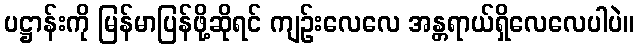
ပဋ္ဌာန်းကို မြန်မာပြန်ဖို့ဆိုရင် ကျဉ်းလေလေ အန္တရာယ်ရှိလေလေပါပဲ။